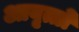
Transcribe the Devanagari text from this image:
आवृत्तो